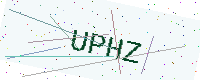
Text: UPHZ